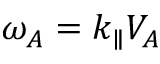
\omega _ { A } = k _ { \parallel } V _ { A }